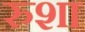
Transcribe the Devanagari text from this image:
रुशा